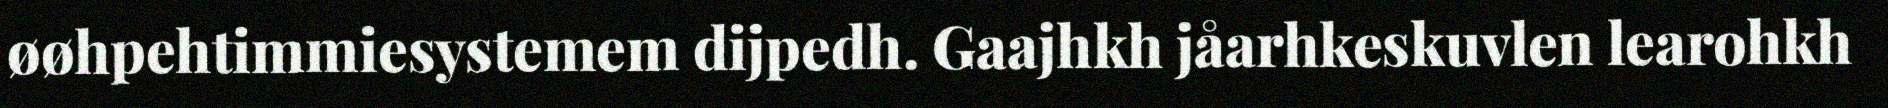
øøhpehtimmiesystemem dijpedh. Gaajhkh jåarhkeskuvlen learohkh